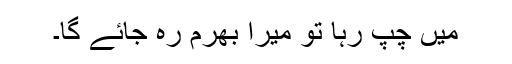
میں چُپ رہا تو میرا بھرم رہ جائے گا۔